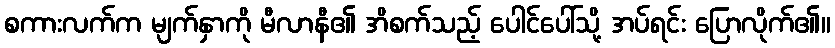
စကားလက်က မျက်နှာကို မီလာနီ၏ အိစက်သည့် ပေါင်ပေါ်သို့ အပ်ရင်း ပြောလိုက်၏။